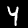
Digit: 4